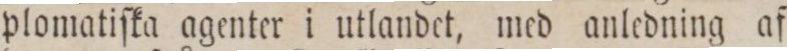
plomatiſka agenter i utlandet, med anledning af